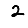
Digit: 2